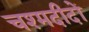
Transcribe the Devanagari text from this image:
चश्मदीदों